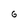
Character: 6